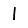
Digit: 1